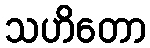
သဟိတော